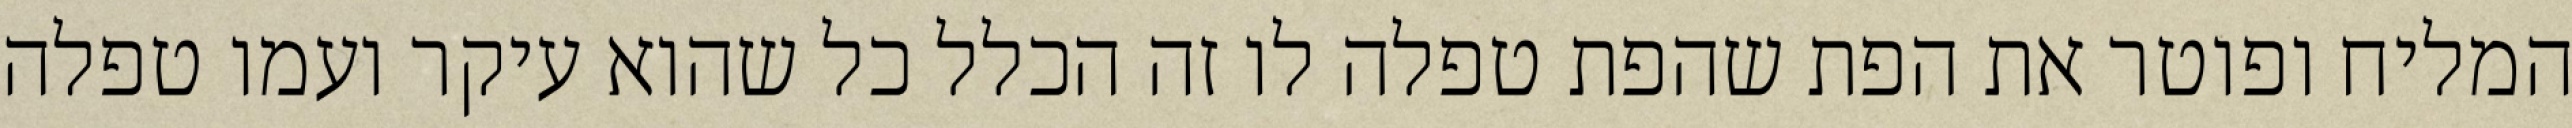
המליח ופוטר את הפת שהפת טפלה לו זה הכלל כל שהוא עיקר ועמו טפלה